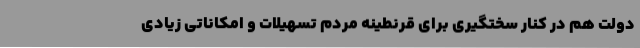
دولت هم در کنار سختگیری برای قرنطینه مردم تسهیلات و امکاناتی زیادی